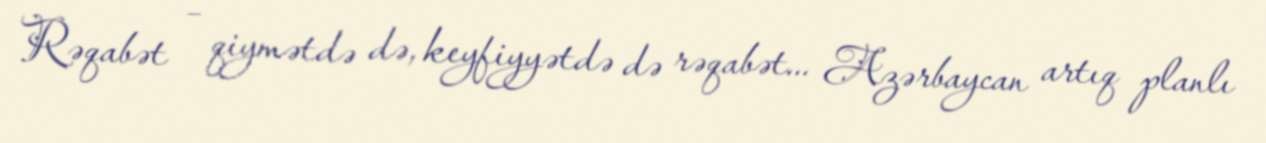
Rəqabət – qiymətdə də, keyfiyyətdə də rəqabət... Azərbaycan artıq planlı